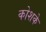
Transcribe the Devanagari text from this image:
कोशके